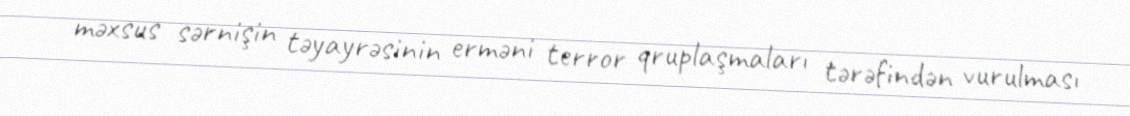
məxsus sərnişin təyayrəsinin erməni terror qruplaşmaları tərəfindən vurulması